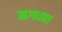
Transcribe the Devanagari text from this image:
मगधात